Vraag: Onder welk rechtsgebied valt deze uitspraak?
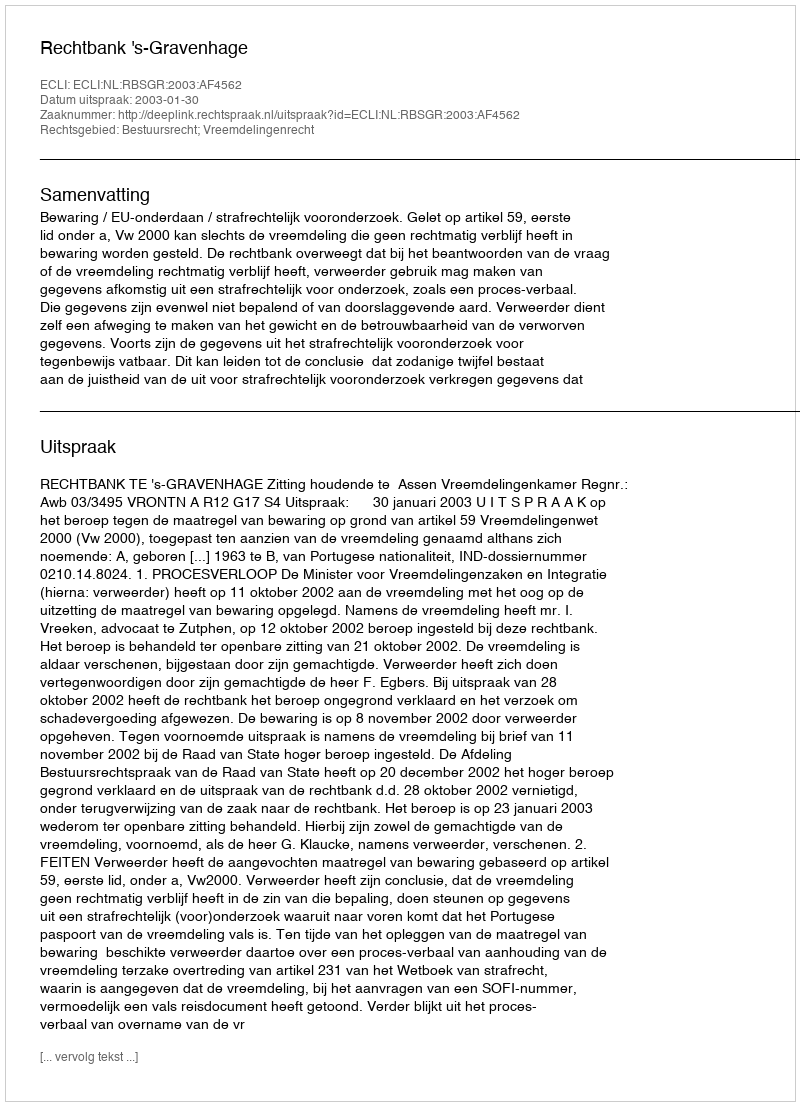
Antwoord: Bestuursrecht; Vreemdelingenrecht